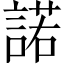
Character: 諾